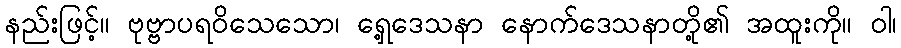
နည်းဖြင့်။ ဗုဗ္ဗာပရဝိသေသော၊ ရှေ့ဒေသနာ နောက်ဒေသနာတို့၏ အထူးကို။ ဝါ၊